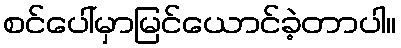
စင်ပေါ်မှာမြင်ယောင်ခဲ့တာပါ။